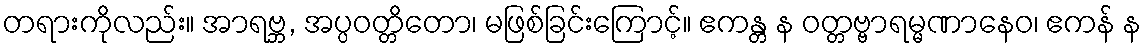
တရားကိုလည်း။ အာရဗ္ဘ, အပ္ပဝတ္တိတော၊ မဖြစ်ခြင်းကြောင့်။ ဧကန္တ န ဝတ္တဗ္ဗာရမ္မဏာနေဝ၊ ဧကန် န